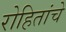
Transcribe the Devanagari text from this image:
रोहितांचे